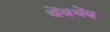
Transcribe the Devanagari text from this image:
थेंबथेंब